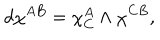
LaTeX: d \chi ^ { A B } = \chi _ { C } ^ { A } \wedge \chi ^ { C B } ,